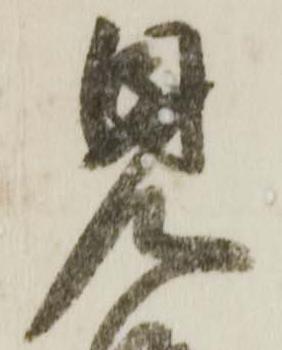
見